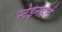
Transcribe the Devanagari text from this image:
स्टेइनहार्ट